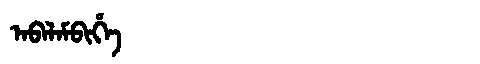
Manchu: ᠠᠪᠠᠯᠠᠮᠪᡳᡥᡝ
Romanization: ABALAMBIHE